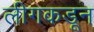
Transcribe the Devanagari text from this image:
लीगकडून